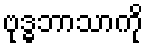
ဗုဒ္ဓဘာသာကို